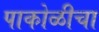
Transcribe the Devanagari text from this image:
पाकोळीचा